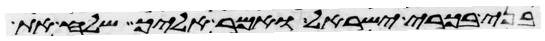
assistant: בני בכורי ישראל ואמר אליך שלח את